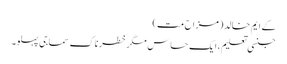
کے ایم خالد(مزاح مت)
جنسی تعلیم ، ایک حساس مگر خطرناک سماجی پہلو۔